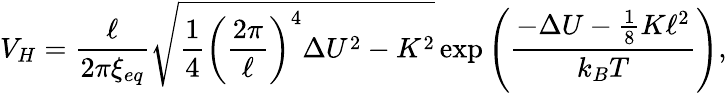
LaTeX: V_{H}=\frac{\ell}{2\pi\xi_{eq}}\sqrt{\frac{1}{4}\left(\frac{2\pi}{\ell}\right)^{4}\Delta{U}^{2}-K^{2}}\exp\left(\frac{-\Delta{U}-\frac{1}{8}K\ell^{2}}{k_{B}T}\right),